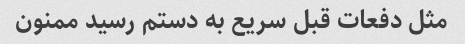
مثل دفعات قبل سریع به دستم رسید ممنون